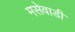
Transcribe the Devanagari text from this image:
मसेवाडी